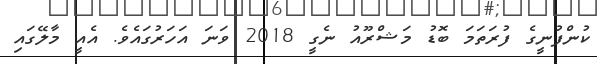
ކުންފުނީގެ ފުރަތަމަ ބޮޑު މަޝްރޫއު ނެގީ 2018 ވަނަ އަހަރުގައެވެ. އެއީ މާލޭގައި